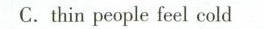
C.thin people feel cold